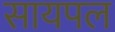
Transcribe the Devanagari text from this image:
सायपल